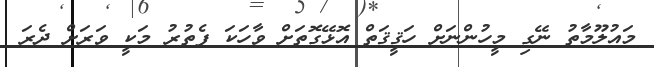
މައުލޫމާތު ނޭގި މީހުންނަށް ހަޤީޤަތް އޮޅޭގޮތަށް ވާހަކަ ފެތުރު މަކީ ވަރަށް ދެރަ